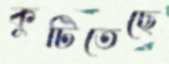
কুটিতেছে